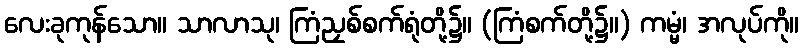
လေးခုကုန်သော။ သာလာသု၊ ကြံညှစ်စက်ရုံတို့၌။ (ကြံစက်တို့၌။) ကမ္မံ၊ အလုပ်ကို။